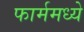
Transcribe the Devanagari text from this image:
फार्ममध्ये